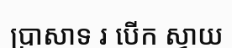
ប្រាសាទ រ បើក ស្វាយ